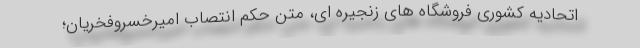
اتحادیه کشوری فروشگاه های زنجیره ای، متن حکم انتصاب امیرخسروفخریان؛